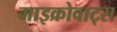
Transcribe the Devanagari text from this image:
माइक्रोवाट्स